Annual report of the Imperial Bacteriologist
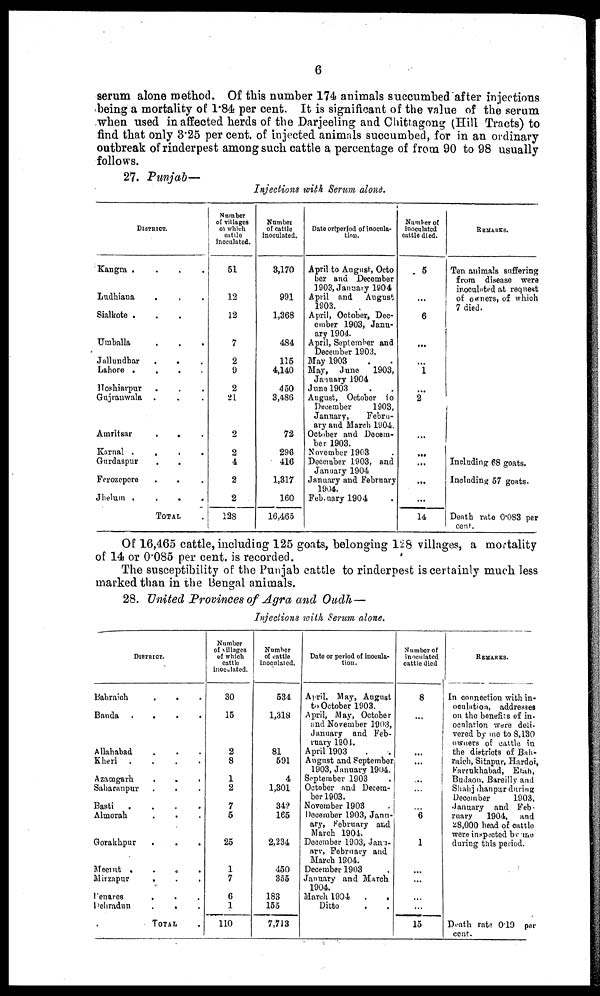
6
serum alone method. Of this number 174 animals succumbed after injections
being a mortality of 1.84 per cent. It is significant of the value of the serum
when used in affected herds of the Darjeeling and Chittagong (Hill Tracts) to
find that only 3.25 per cent. of injected animals succumbed, for in an ordinary
outbreak of rinderpest among such cattle a percentage of from 90 to 98 usually
follows.
27. Punjab—
Injections with Serum alone.
DISTRICT.
Kangra .
.
.
.
Ludhiana . . .
Sialkote . . .
Umballa . . .
Jallundhar
.
.
Lahore .
.
.
.
Hoshiarpur . . .
Gujranwala . . .
Amritsar
.
.
Karnal .
.
.
.
Gurdaspur . .
Ferozepore . . .
Jhelum .
.
.
.
TOTAL .
Number
of villages
of which
cattle
inoculated.
51
12
12
7
2
9
2
21
2
2
4
2
2
128
Number
of cattle
inoculated.
3,170
991
1,368
484
115
4,140
450
3,486
72
296
416
1,317
160
16,465
Date onperiod of inocula¬
tion.
April to August, Octo¬
ber and December
1903, January 1904
April and
August
1903.
April, October, Dec-
ember 1903, Janu-
ary 1904.
April, September and
December 1903.
May 1903 . .
May, June
1903,
January 1904
June 1903 . .
August, October to
December
1903,
January,
Febru-
ary and March 1904.
October and Decem-
ber 1903.
November 1903
December 1903, and
January 1904
January and February
1904.
Febuary 1904
Number of
inoculated
cattle died.
5
...
6
...
...
1
...
2
...
...
...
...
...
14
REMARKS.
Ten animals suffering
from disease were
inoculated at request
of owners, of which
7 died.
Including 68 goats.
Including 57 goats.
Death rate 0.083 per
cent.
Of 16,465 cattle, including 125 goats, belonging 128 villages, a mortality
of 14 or 0.085 per cent. is recorded.
The susceptibility of the Punjab cattle to rinderpest is certainly much less
marked than in the Bengal animals.
28. United Provinces of Agra and Oudh —
Injections with Serum alone.
DISTRICT.
Babraich
.
.
Banda .
.
.
.
Allahabad . . .
Kheri .
.
.
.
Azamgarh
.
.
.
Saharanpur . . .
Basti
.
.
.
.
Almorah . . .
Gorakhpur . . .
Meerut
.
.
.
Mirzapur
.
Penares
Dehradun
.
.
TOTAL
Number
of villages
of which
cattle
inoculated.
30
15
2
8
1
2
7
5
25
1
7
6
1
110
Number
of cattle
inoculated.
534
1,318
81
591
4
1,301
342
165
2,234
450
355
183
155
7,713
Date or period of inocula-
tion.
April, May, August
to October 1903.
Apri1, M ay, October
and November 1903,
January and Feb-
ruary 1904.
April 1903 . .
August and September
1903, January 1904.
September 1903
October and Decem-
ber 1903.
November 1903 .
December 1903, Janu-
ary, February and
March 1904.
December 1903, Janu¬
arv, February and
March 1904.
December 1903
January and March
1904.
March 1904 . .
Ditto
Number of
inoculated
cattle died
8
...
...
...
...
...
...
6
1
...
...
...
...
15
REMARKS.
In connection with in-
oculation, addresses
on the benefits of in-
oculation were deli¬
vered by me to 8,130
owners of cattle in
the districts of Bah¬
raich, Sitapur, Hardoi,
Karcukhabad, Etah,
Budaon, Bareilly and
Shahjahanpur during
December
1903,
January and Feb-
ruary
1904, and
28,000 head of cattle
were inspected by me
during this period.
Death rate 0.19 per
cent.